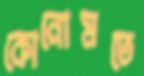
কোনোমতে